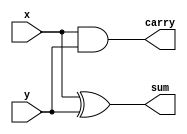
module half_adder
(
	x,
	y,
	sum,
	carry
);

	input x;
	input y;
	output sum;
	output carry;

	assign sum = x ^ y;
	assign carry = x & y;
endmodule

module full_adder
(
	x,
	y,
	z,
	sum,
	carry
);

	input x;
	input y;
	input z;
	output sum;
	output carry;

	wire hadder1_sum;
	wire hadder1_carry;
	wire hadder2_carry;
	half_adder hadder1(.x(x), .y(y), .sum(hadder1_sum), .carry(hadder1_carry));
	half_adder hadder2(.x(hadder1_sum), .y(z), .sum(sum), .carry(hadder2_carry));

	assign carry = hadder2_carry | hadder1_carry;
endmodule